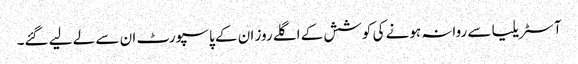
آسٹریلیا سے روانہ ہونے کی کوشش کے اگلے روز ان کے پاسپورٹ ان سے لے لیے گئے۔